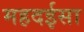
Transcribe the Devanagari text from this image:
महदईसा